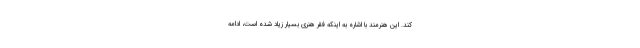
کند. این هنرمند با اشاره به اینکه فقر هنری بسیار زیاد شده است، ادامه